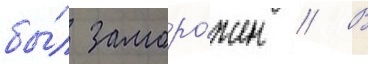
бы́л заморо́жен // В